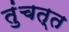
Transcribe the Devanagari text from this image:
तुंचत्त